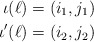
\begin{align*} \iota(\ell) &= (i_1, j_1) \\ \iota'(\ell) &= (i_2, j_2) \end{align*}